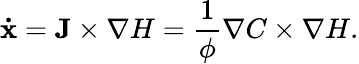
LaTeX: \mathbf{\dot{x}}=\mathbf{J}\times\nabla H=\frac{1}{\phi}\nabla C\times\nabla H.